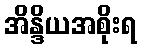
အိန္ဒိယအစိုးရ